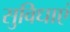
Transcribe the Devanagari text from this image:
सुविधाएं